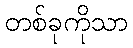
တစ်ခုကိုသာ